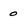
Character: 0